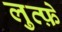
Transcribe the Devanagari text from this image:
लुत्फ़े